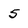
Character: 5